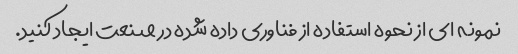
نمونه ای از نحوه استفاده از فناوری داده شده در صنعت ایجاد کنید.